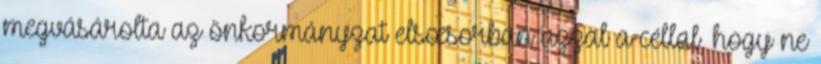
megvásárolta az önkormányzat elsœsorban azzal a céllal, hogy ne